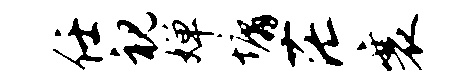
任视婵墉茫襄